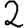
Digit: 2